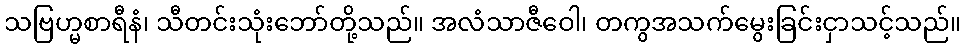
သဗြဟ္မစာရီနံ၊ သီတင်းသုံးဘော်တို့သည်။ အလံသာဇီဝေါ၊ တကွအသက်မွေးခြင်းငှာသင့်သည်။